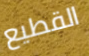
القطيع